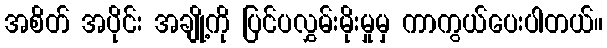
အစိတ် အပိုင်း အချို့ကို ပြင်ပလွှမ်းမိုးမှုမှ ကာကွယ်ပေးပါတယ်။